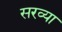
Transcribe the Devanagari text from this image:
सरव्या